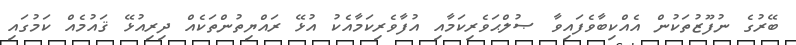
ބޭރުގެ ނުފޫޒުތަކުން އެއްކިބާވެފައިވާ ޞުލްޙަވެރިކަމާއި އުފާވެރިކަމާއެކު އުޅޭ ރައްޔިތުންތަކެއް ދިރިއުޅޭ ޤައުމެއް ކަމުގައި